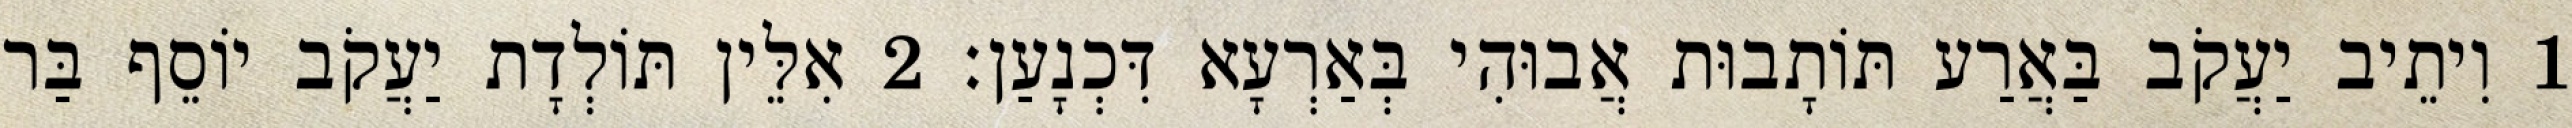
1 וִיתֵיב יַעֲקֹב בַּאֲרַע תּוֹתָבוּת אֲבוּהִי בְּאַרְעָא דִּכְנָעַן׃ 2 אִלֵּין תּוֹלְדָת יַעֲקֹב יוֹסֵף בַּר